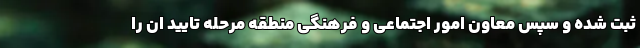
ثبت شده و سپس معاون امور اجتماعی و فرهنگی منطقه مرحله تایید ان را